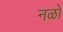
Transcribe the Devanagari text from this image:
नळों